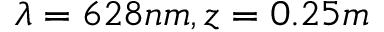
\lambda = 6 2 8 n m , z = 0 . 2 5 m